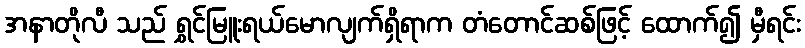
အနာတိုလီ သည် ရွှင်မြူးရယ်မောလျက်ရှိရာက တံတောင်ဆစ်ဖြင့် ထောက်၍ မှီရင်း